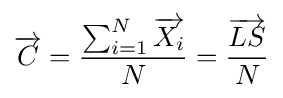
{\overrightarrow {C}}={\frac {\sum _{i=1}^{N}{\overrightarrow {X_{i}}}}{N}}={\frac {\overrightarrow {LS}}{N}}